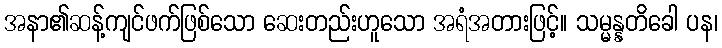
အနာ၏ဆန့်ကျင်ဖက်ဖြစ်သော ဆေးတည်းဟူသော အရံအတားဖြင့်။ သမ္မန္နတိခေါ ပန၊